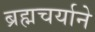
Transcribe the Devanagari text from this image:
ब्रह्मचर्याने